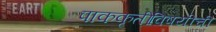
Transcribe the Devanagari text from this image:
पाककृतींविषयीची